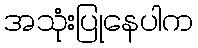
အသုံးပြုနေပါက